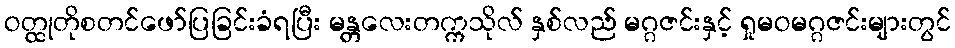
ဝတ္ထုတိုစတင်ဖော်ပြခြင်းခံရပြီး မန္တလေးတက္ကသိုလ် နှစ်လည် မဂ္ဂဇင်းနှင့် ရှုမဝမဂ္ဂဇင်းများတွင်